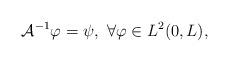
LaTeX: \begin{align*}\mathcal{A}^{-1}\varphi=\psi,~ \forall\varphi\in L^2(0,L),\\\end{align*}